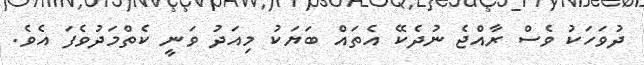
ދުވަހަކު ވެސް ރާއްޖެ ނުދެކޭ އެތައް ބަޔަކު މިއަދު ވަނީ ކެތްމަދުވެފަ އެވެ.